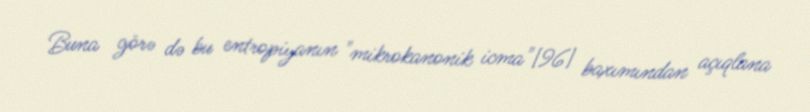
Buna görə də bu entropiyanın "mikrokanonik icma"[96] baxımından açıqlana